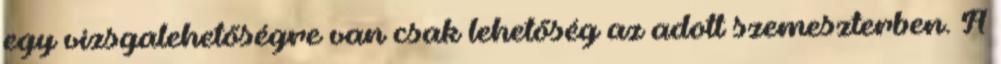
egy vizsgalehetőségre van csak lehetőség az adott szemeszterben. A